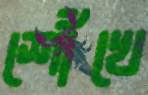
শোঁখে